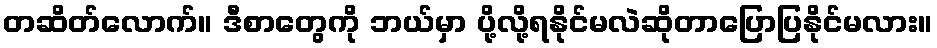
တဆိတ်လောက်။ ဒီစာတွေကို ဘယ်မှာ ပို့လို့ရနိုင်မလဲဆိုတာပြောပြနိုင်မလား။